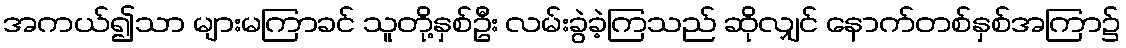
အကယ်၍သာ များမကြာခင် သူတို့နှစ်ဦး လမ်းခွဲခဲ့ကြသည် ဆိုလျှင် နောက်တစ်နှစ်အကြာ၌